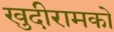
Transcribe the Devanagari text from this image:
खुदीरामको